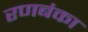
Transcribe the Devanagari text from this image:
रणबंका